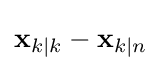
\mathbf {x} _{k\mid k}-\mathbf {x} _{k\mid n}